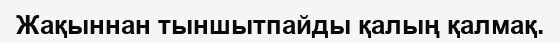
Жақыннан тыншытпайды қалың қалмақ.